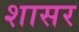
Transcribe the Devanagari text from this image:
शासर